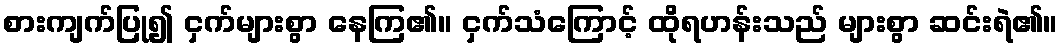
စားကျက်ပြု၍ ငှက်များစွာ နေကြ၏။ ငှက်သံကြောင့် ထိုရဟန်းသည် များစွာ ဆင်းရဲ၏။